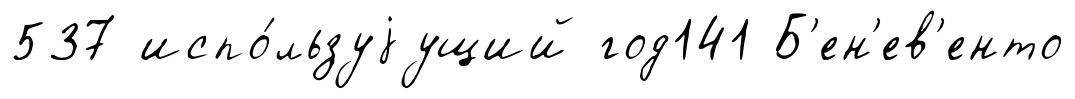
537 испо́льзуjущий год141 Б'ен'ев'енто